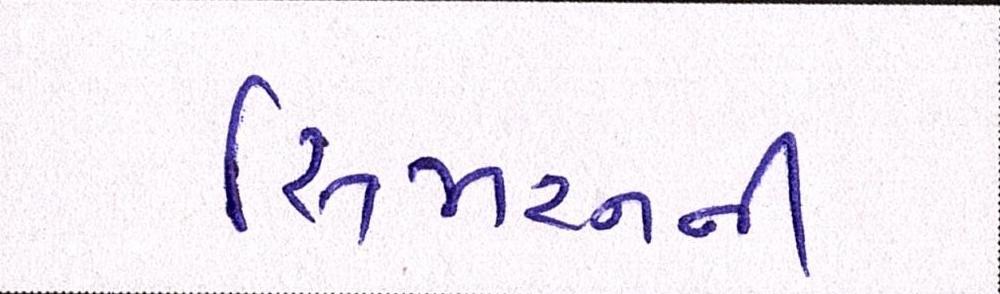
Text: સિમરનની